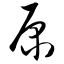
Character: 原